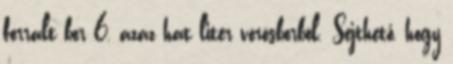
forralt bor 6, azaz hat liter vörösborból. Sejthető, hogy